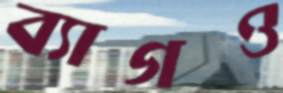
ব্যাগও